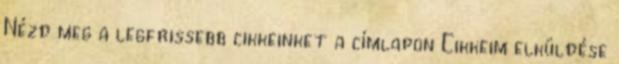
Nézd meg a legfrissebb cikkeinket a címlapon Cikkeim elküldése